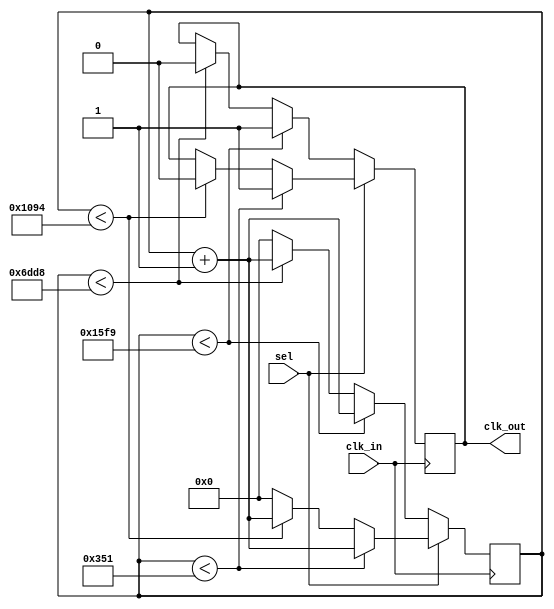
module dcl_1778_4(clk_in,sel,clk_out);//
input  	  clk_in,sel;
output reg clk_out;
reg [15:0] cnt;


always@(posedge clk_in)
if(!sel)		//sel4
begin				  // 190
	if(cnt < 5625) // 1000000000420*20% 
	begin
		cnt <= cnt+1;
		clk_out <= 1;
	end					  
	else if(cnt < 28120) // 1000000000420
	begin
		cnt <= cnt+1;
		clk_out <= 0;
	end
	else
		cnt <= 0;
end
else		 //sel5
begin
	if(cnt < 849) // 1000000000520*20% 
	begin
		cnt <= cnt + 1;
		clk_out <= 1;
	end
	else if(cnt < 4244) // 1000000000520
	begin
		cnt <= cnt + 1;
		clk_out <= 0;
	end
	else
		cnt <= 0;
end
endmodule